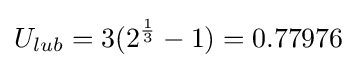
{U_{lub}}=3(2^{\frac {1}{3}}-1)=0.77976